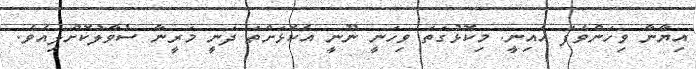
އިޔާނާ ވިހަންވެފަ އެއިނީ. މިކޮޅުގަތަ ވިހަނީ ނޫނީ އެކޮޅަށްތަ ދަނީ މަރީނާ ސުވާލުކޮށްލިއެވެ.